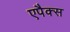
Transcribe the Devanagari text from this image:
एपैक्स